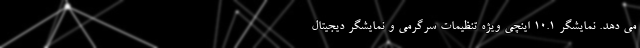
می دهد. نمایشگر 10.1 اینچی ویژه تنظیمات سرگرمی و نمایشگر دیجیتال